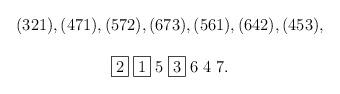
LaTeX: \begin{align*}\begin{array}{c}(321),(471),(572),(673),(561),(642),(453), \\ \\\fbox{$2$} \; \fbox{$1$} \; 5\; \fbox{$3$} \; 6 \; 4 \; 7. \\\end{array}\end{align*}